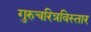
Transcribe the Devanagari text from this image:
गुरुचरित्रविस्तार